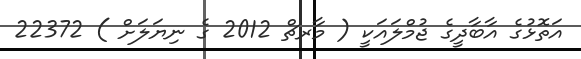
އަތޮޅުގެ އާބާދީގެ ޖުމްލައަކީ ( މާރޗް 2012 ގެ ނިޔަލަށް ) 22372